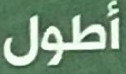
أطول